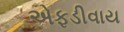
એફડીવાય